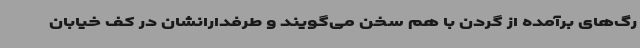
رگ‌های برآمده از گردن با هم سخن می‌گویند و طرفدارانشان در کف خیابان